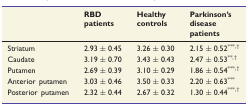
<table><thead><tr><td></td><td><b>RBD patients</b></td><td><b>Healthy controls</b></td><td><b>Parkinson’s disease patients</b></td></tr></thead><tbody><tr><td>Striatum</td><td>2.93 ± 0.45</td><td>3.26 ± 0.30</td><td>2.15 ± 0.52<sup>***,†</sup></td></tr><tr><td>Caudate</td><td>3.19 ± 0.70</td><td>3.43 ± 0.43</td><td>2.47 ± 0.53<sup>**,†</sup></td></tr><tr><td>Putamen</td><td>2.69 ± 0.39</td><td>3.10 ± 0.29</td><td>1.86 ± 0.54<sup>***,†</sup></td></tr><tr><td>Anterior putamen</td><td>3.03 ± 0.46</td><td>3.50 ± 0.33</td><td>2.20 ± 0.63<sup>***</sup></td></tr><tr><td>Posterior putamen</td><td>2.32 ± 0.44</td><td>2.67 ± 0.32</td><td>1.30 ± 0.44<sup>***,†</sup></td></tr></tbody></table>